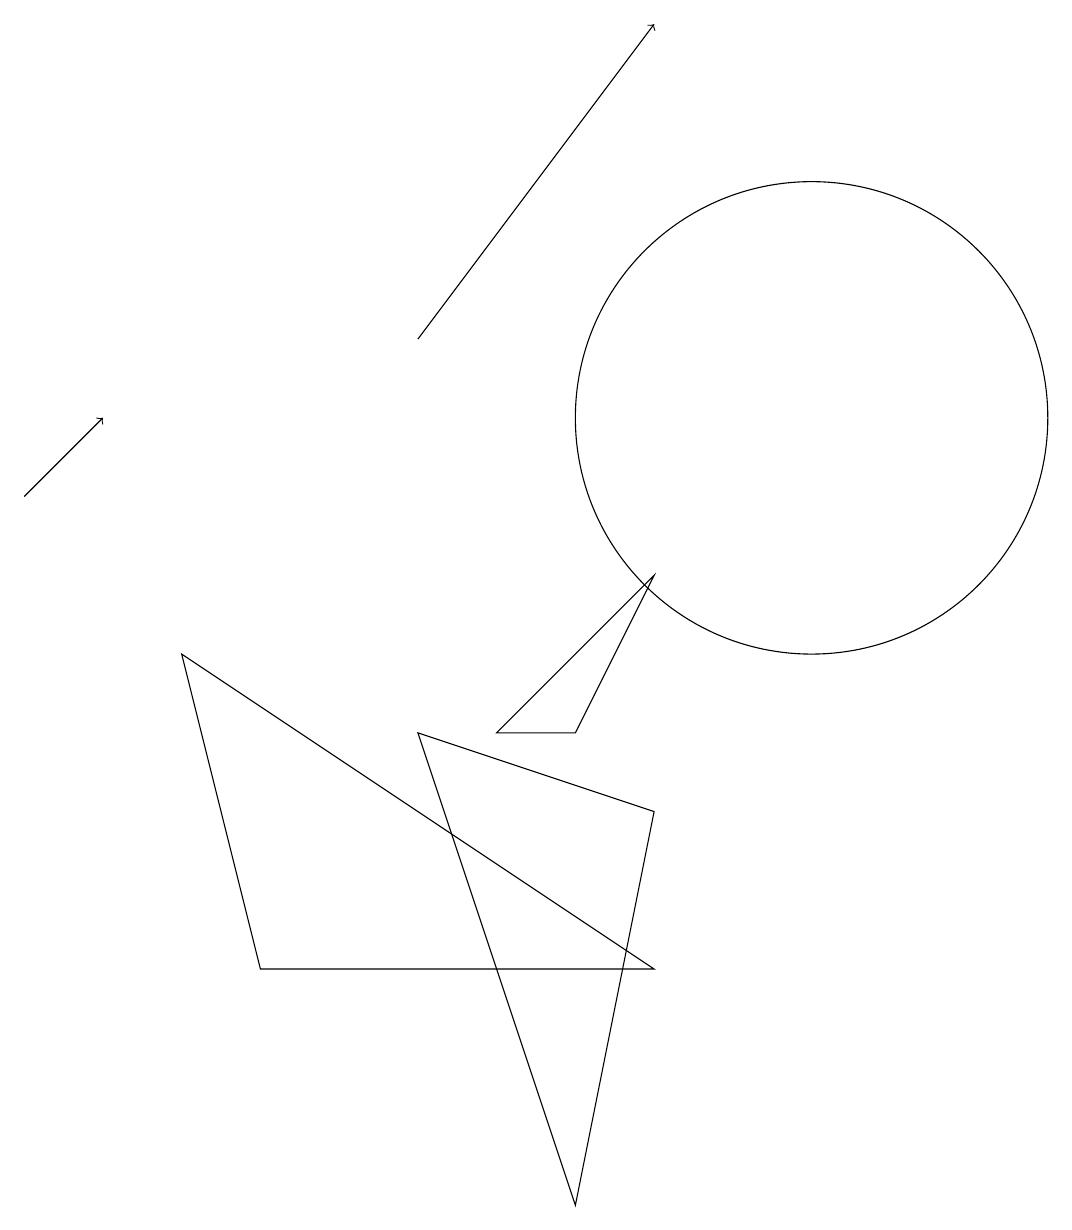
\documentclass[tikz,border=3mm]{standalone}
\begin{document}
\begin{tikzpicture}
\draw (10,12) circle (0);
\draw (7,1) -- (5,7) -- (8,6) -- cycle;
\draw (10,11) circle (3);
\draw (8,4) -- (2,8) -- (3,4) -- cycle;
\draw[->] (0,10) -- (1,11);
\draw (8,9) -- (6,7) -- (7,7) -- cycle;
\draw (11,10) circle (0);
\draw[->] (5,12) -- (8,16);
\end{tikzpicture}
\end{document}